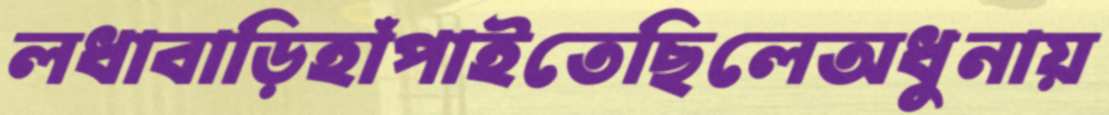
লধাবাড়িহাঁপাইতেছিলেঅধুনায়